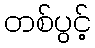
တစ်ပွင့်